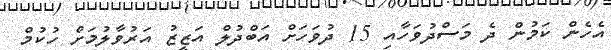
އެހެން ކަމުން ދެ މަސްދުވަހާއި 15 ދުވަހަށް އަބްދުލް އަޒީޒު އަރުވާލުމަށް ހުކުމް